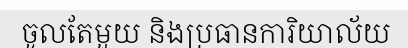
ចូលតែមួយ និងប្រធានការិយាល័យ